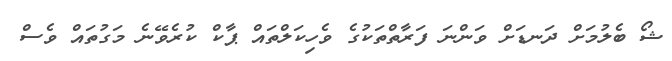
ޝޯ ބެލުމަށް ދަނޑަށް ވަންނަ ފަރާތްތަކުގެ ވެހިކަލްތައް ޕާކް ކުރެވޭނެ މަގުތައް ވެސް